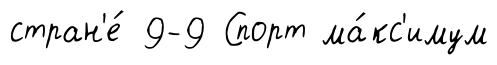
стран'е́ 9-9 Спорт ма́кс'имум